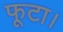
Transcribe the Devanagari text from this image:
फूटा।